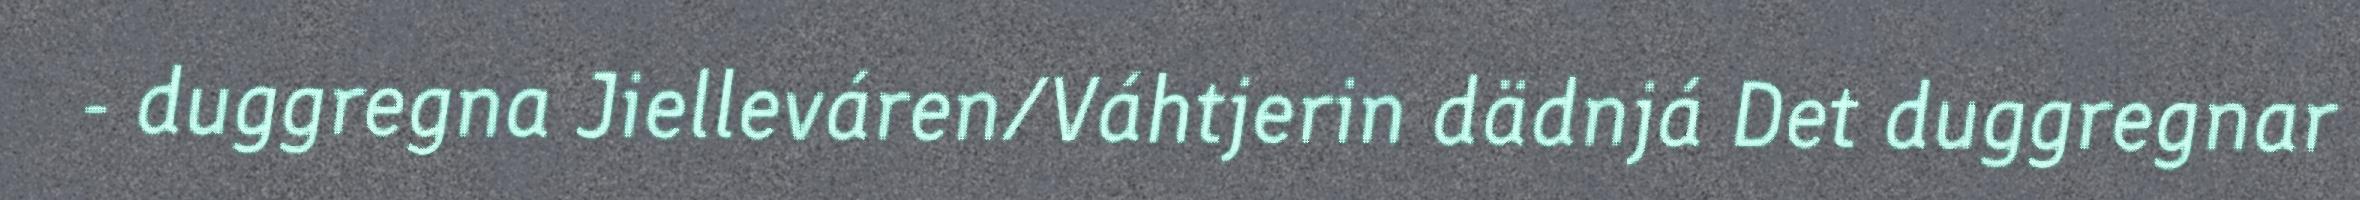
- duggregna Jielleváren/Váhtjerin dädnjá Det duggregnar